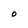
Character: O